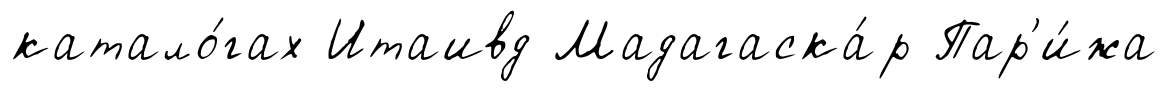
катало́гах Итаивд Мадагаска́р Пар'и́жа